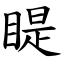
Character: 睼